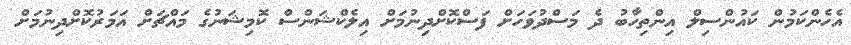
އެހެންކަމުން ކައުންސިލް އިންތިހާބު ދެ މަސްދުވަހަށް ފަސްކޮށްދިނުމަށް އިލެކްޝަންސް ކޮމިޝަނުގެ މައްޗަށް އަމަރުކޮށްދިނުމަށް